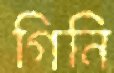
গিনি